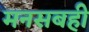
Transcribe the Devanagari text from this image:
मनसबही